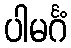
ပါမင်္ဂံ